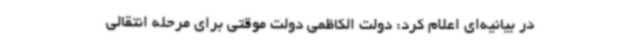
در بیانیه‌ای اعلام کرد: دولت الکاظمی دولت موقتی برای مرحله انتقالی